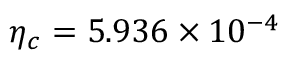
\eta _ { c } = 5 . 9 3 6 \times 1 0 ^ { - 4 }